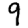
Digit: 9